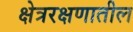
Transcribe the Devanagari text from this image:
क्षेत्ररक्षणातील